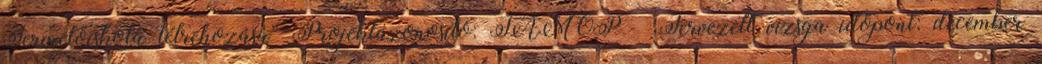
Termelőiskola létrehozása” Projektazonosító: TÁMOP Tervezett vizsga időpont: december